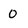
Character: 0